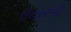
ઉતારવી